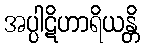
အပ္ပါဋိဟာရိယန္တိ